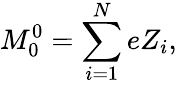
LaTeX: M_{0}^{0}=\sum_{i=1}^{N}eZ_{i},